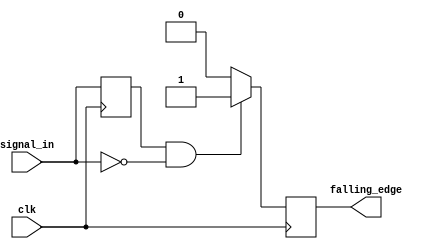
module falling_edge_detector (
    input wire clk,           // Clock signal
    input wire signal_in,     // Input signal to detect falling edge
    output reg falling_edge   // Output pulse indicating falling edge
);

    // Register to store the previous state of signal_in
    reg prev_signal;

    // Always block triggered on the rising edge of clk
    always @(posedge clk) begin
        // Detect falling edge
        if (prev_signal == 1'b1 && signal_in == 1'b0) begin
            falling_edge <= 1'b1; // Set falling edge pulse
        end else begin
            falling_edge <= 1'b0; // Reset falling edge pulse
        end
        
        // Update prev_signal with the current state of signal_in
        prev_signal <= signal_in;
    end

    // Initialize prev_signal on reset (optional)
    initial begin
        prev_signal = 1'b0;
        falling_edge = 1'b0; // Ensure falling_edge starts low
    end

endmodule